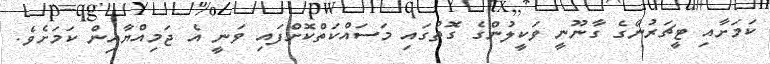
ކަމަށާއި ޓީޗަރުންގެ ގާނޫނީ ވަކީލުންގެ ގޮތުގައި މަސައްކަތްކޮށްފައި ވަނީ އެ ޖަމިއްޔާއިން ކަމަށެވެ.